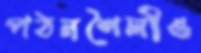
পঠনশৈলীও